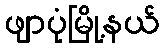
ဖျာပုံမြို့နယ်